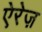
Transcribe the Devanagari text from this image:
ऐरेज़